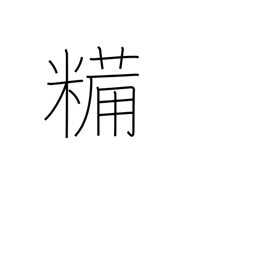
Meaning: dried boiled rice